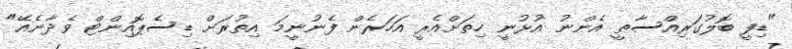
"ޑިފީ ބޮލުގަރިއްސާތީ އެންނު އުޅުނީ ހިތަށްއެރީ އަހަރެން ފެނުނީމަ އިތުރަށް ޑިސެޕޮއިންޓް ވެދާނެއޭ"